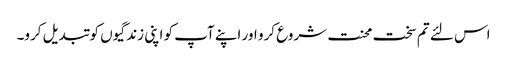
اس لئے تم سخت محنت شروع کرو اور اپنے آپ کو اپنی زندگیوں کو تبدیل کرو۔